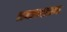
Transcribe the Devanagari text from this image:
प्रकाशाय